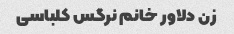
زن دلاور خانم نرگس کلباسی